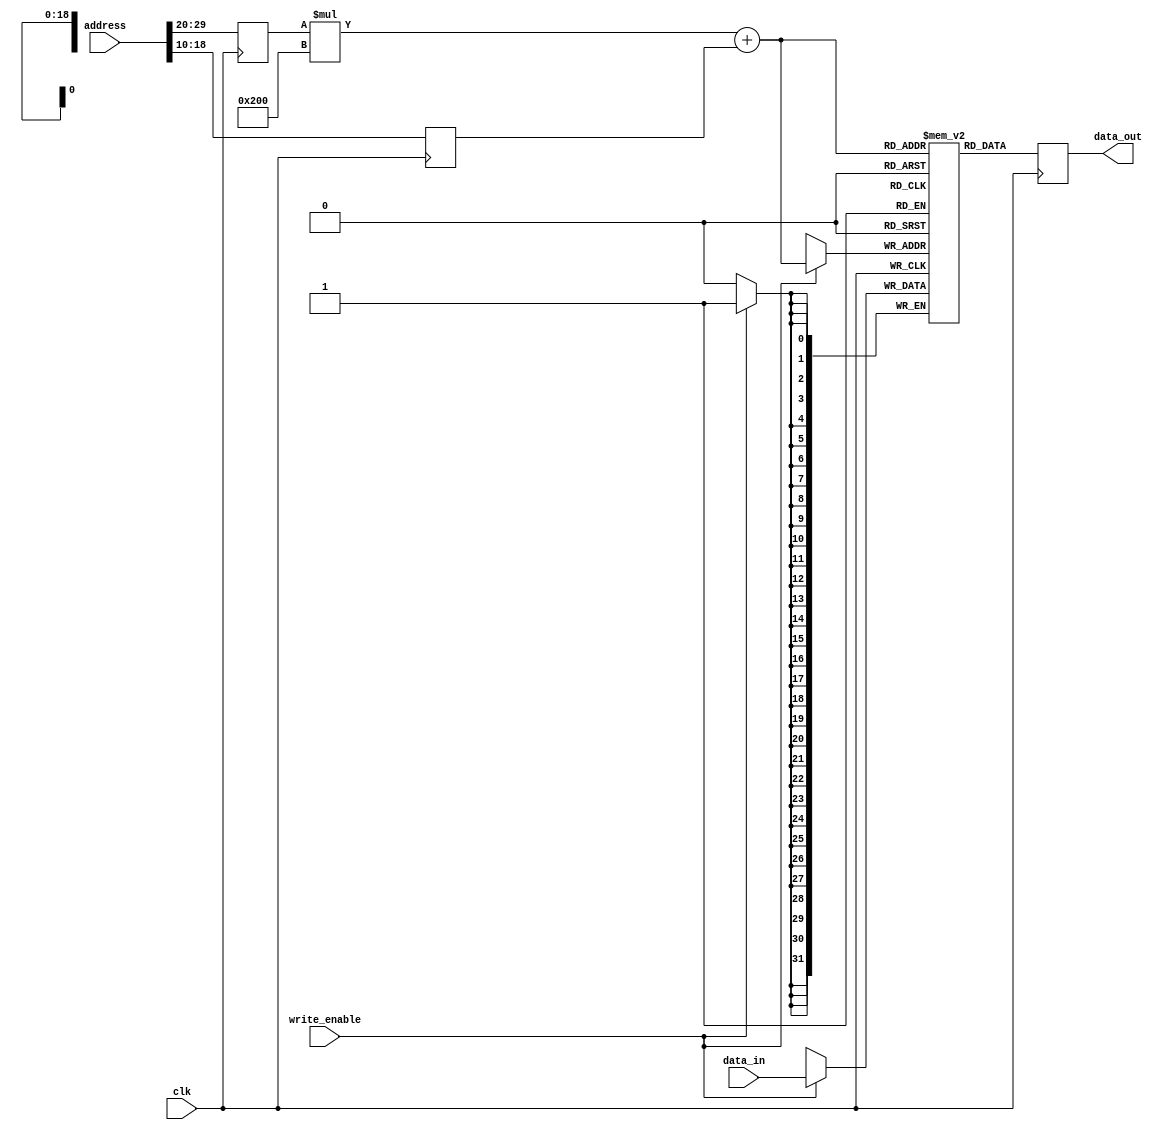
module MemoryBlocks_RLDRAM (
    input wire clk,
    input wire [31:0] address,
    input wire write_enable,
    input wire [31:0] data_in,
    output reg [31:0] data_out
);

// Memory Blocks RLDRAM parameters
parameter ROWS = 1024;
parameter COLS = 512;
parameter ROW_BUFFER_SIZE = 32;

// Memory Cells
reg [31:0] memory [ROWS-1:0][COLS-1:0];

// Row Buffer
reg [31:0] row_buffer [ROW_BUFFER_SIZE-1:0];

// Address Decoding Logic
reg [9:0] row_address;
reg [8:0] col_address;

always @ (posedge clk) begin
    row_address <= address[31:20];
    col_address <= address[19:10];
    if (write_enable) begin
        memory[row_address][col_address] <= data_in;
    end
    data_out <= memory[row_address][col_address];
end

endmodule